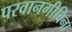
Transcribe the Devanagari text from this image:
परवानगीविना